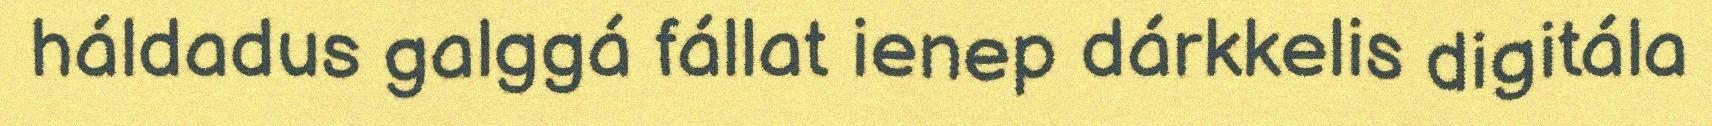
háldadus galggá fállat ienep dárkkelis digitála